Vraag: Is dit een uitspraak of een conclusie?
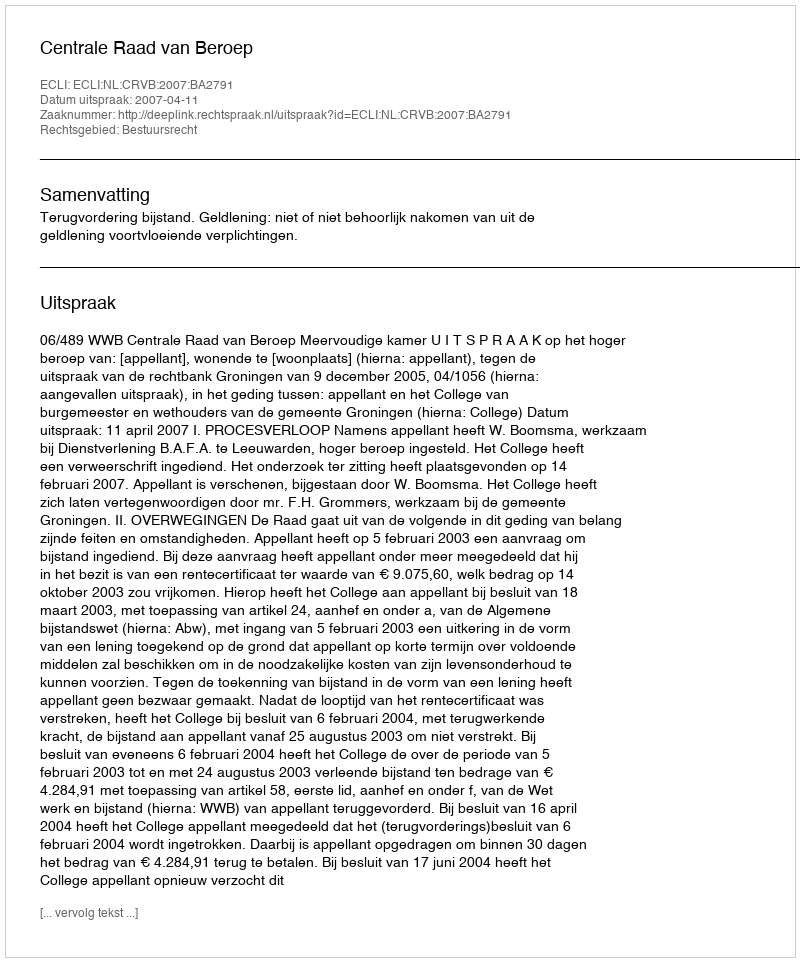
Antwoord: Uitspraak